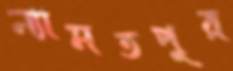
ন্যামতপুর